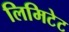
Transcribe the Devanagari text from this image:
लिमिटेट